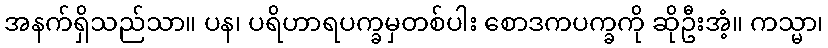
အနက်ရှိသည်သာ။ ပန၊ ပရိဟာရပက္ခမှတစ်ပါး စောဒကပက္ခကို ဆိုဦးအံ့။ ကသ္မာ၊